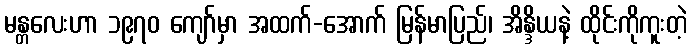
မန္တလေးဟာ ၁၉၇၀ ကျော်မှာ အထက်-အောက် မြန်မာပြည်၊ အိန္ဒိယနဲ့ ထိုင်းကိုကူးတဲ့